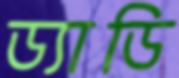
ড্যাডি